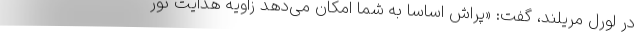
در لورل مریلند، گفت: «پراش اساسا به شما امکان می‌دهد زاویه هدایت نور